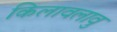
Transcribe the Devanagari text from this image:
किलावलावु